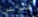
تمرين